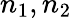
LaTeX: n_{1},n_{2}